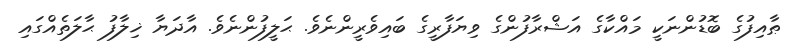
ޠާއިފުގެ ބޮޑުންނަކީ މައްކާގެ އަޝްރާފުންގެ ވިޔަފާރީގެ ބައިވެރީންނެވެ. ޙަލީފުންނެވެ. އާދަޔާ ޚިލާފު ޙާލަތެއްގައި